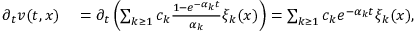
\begin{array} { r l } { \partial _ { t } v ( t , x ) } & { { } = \partial _ { t } \left( \sum _ { k \geq 1 } c _ { k } \frac { 1 - e ^ { - \alpha _ { k } t } } { \alpha _ { k } } \xi _ { k } ( x ) \right) = \sum _ { k \geq 1 } c _ { k } e ^ { - \alpha _ { k } t } \xi _ { k } ( x ) , } \end{array}